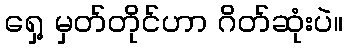
ရှေ့ မှတ်တိုင်ဟာ ဂိတ်ဆုံးပဲ။